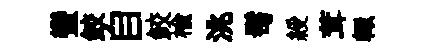
蠻鲛自鲛楡洮髩綬茸輙